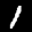
Label: 1